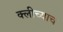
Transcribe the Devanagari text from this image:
क्लीच्याच